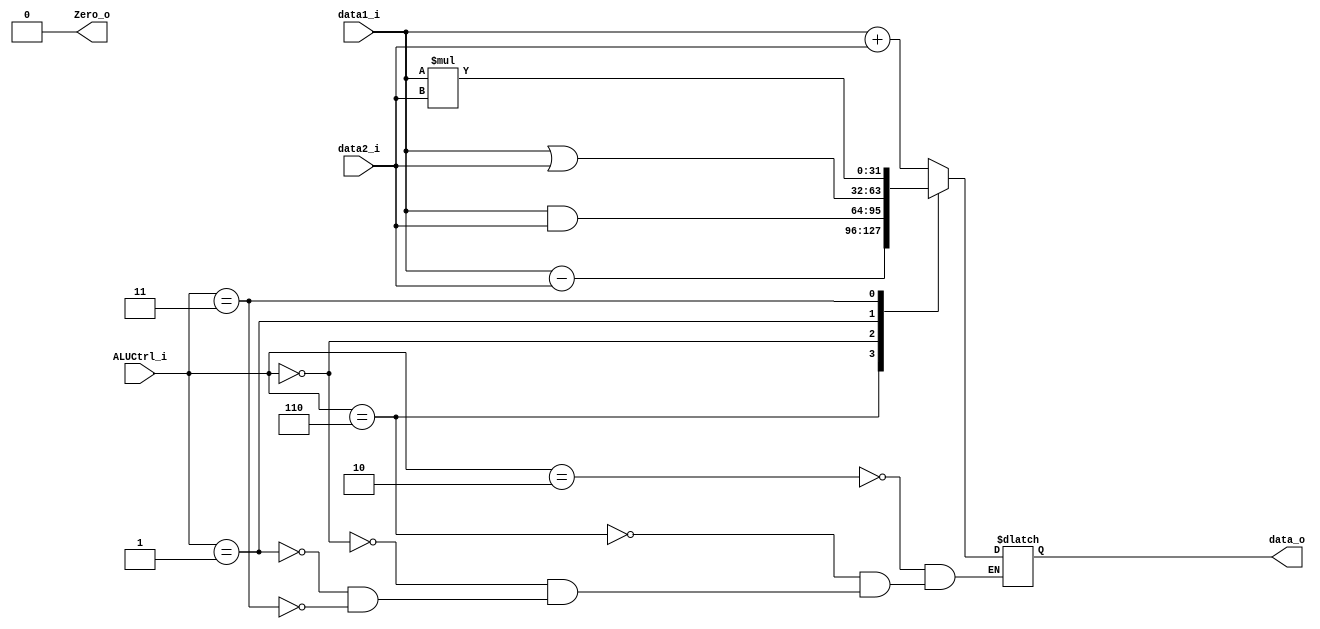
module ALU
(
	data1_i,
	data2_i,
	ALUCtrl_i,
	data_o,
	Zero_o
);

input [31:0] 	data1_i,data2_i;
input [3:0] 	ALUCtrl_i;
output [31:0] 	data_o;
output 			Zero_o;
reg [31:0] 		r;

assign Zero_o=0;
assign data_o=r;

always@(data1_i or data2_i or ALUCtrl_i)begin
	case(ALUCtrl_i)
		4'b0010:r=data1_i+data2_i;//add
		4'b0110:r=data1_i-data2_i;//sub
		4'b0000:r=data1_i&data2_i;//and
		4'b0001:r=data1_i|data2_i;//or
		4'b0011:r=data1_i*data2_i;//mult
	endcase
end

endmodule